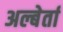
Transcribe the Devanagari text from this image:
अल्बेर्ता